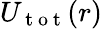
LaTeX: U_{\mathrm{~t~o~t~}}(r)